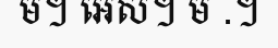
ម។ អេស។ ម .។